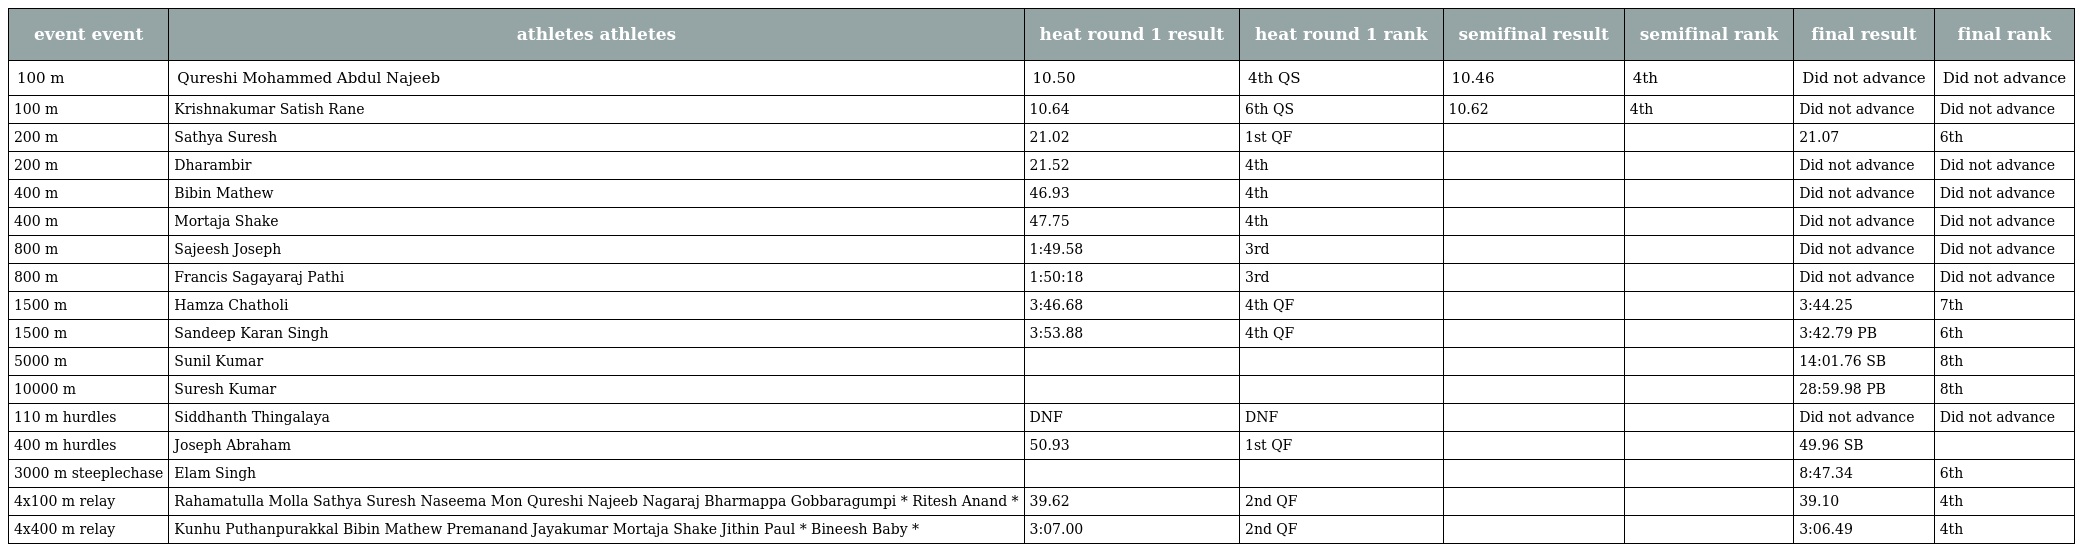
| event event | athletes athletes | heat round 1 result | heat round 1 rank | semifinal result | semifinal rank | final result | final rank |
 | --- | --- | --- | --- | --- | --- | --- | --- |
 | 100 m | Qureshi Mohammed Abdul Najeeb | 10.50 | 4th QS | 10.46 | 4th | Did not advance | Did not advance |
 | 100 m | Krishnakumar Satish Rane | 10.64 | 6th QS | 10.62 | 4th | Did not advance | Did not advance |
 | 200 m | Sathya Suresh | 21.02 | 1st QF |  |  | 21.07 | 6th |
 | 200 m | Dharambir | 21.52 | 4th |  |  | Did not advance | Did not advance |
 | 400 m | Bibin Mathew | 46.93 | 4th |  |  | Did not advance | Did not advance |
 | 400 m | Mortaja Shake | 47.75 | 4th |  |  | Did not advance | Did not advance |
 | 800 m | Sajeesh Joseph | 1:49.58 | 3rd |  |  | Did not advance | Did not advance |
 | 800 m | Francis Sagayaraj Pathi | 1:50:18 | 3rd |  |  | Did not advance | Did not advance |
 | 1500 m | Hamza Chatholi | 3:46.68 | 4th QF |  |  | 3:44.25 | 7th |
 | 1500 m | Sandeep Karan Singh | 3:53.88 | 4th QF |  |  | 3:42.79 PB | 6th |
 | 5000 m | Sunil Kumar |  |  |  |  | 14:01.76 SB | 8th |
 | 10000 m | Suresh Kumar |  |  |  |  | 28:59.98 PB | 8th |
 | 110 m hurdles | Siddhanth Thingalaya | DNF | DNF |  |  | Did not advance | Did not advance |
 | 400 m hurdles | Joseph Abraham | 50.93 | 1st QF |  |  | 49.96 SB |  |
 | 3000 m steeplechase | Elam Singh |  |  |  |  | 8:47.34 | 6th |
 | 4x100 m relay | Rahamatulla Molla Sathya Suresh Naseema Mon Qureshi Najeeb Nagaraj Bharmappa Gobbaragumpi * Ritesh Anand * | 39.62 | 2nd QF |  |  | 39.10 | 4th |
 | 4x400 m relay | Kunhu Puthanpurakkal Bibin Mathew Premanand Jayakumar Mortaja Shake Jithin Paul * Bineesh Baby * | 3:07.00 | 2nd QF |  |  | 3:06.49 | 4th |